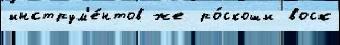
инструм'е́нтов же ро́скоши воск